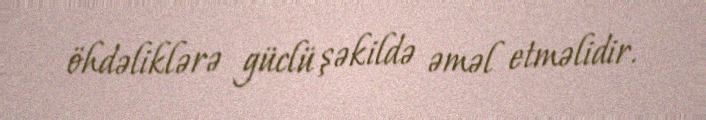
öhdəliklərə güclü şəkildə əməl etməlidir.